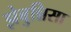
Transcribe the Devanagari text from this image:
झेबुन्निसा